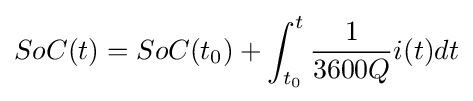
SoC(t)=SoC(t_{0})+\int _{t_{0}}^{t}{\dfrac {1}{3600Q}}i(t)dt